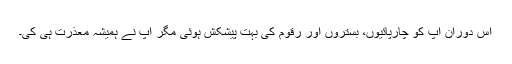
اس دوران آپ کو چارپائیوں، بستروں اور رقوم کی بہت پیشکش ہوئی مگر آپ نے ہمیشہ معذرت ہی کی۔